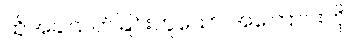
ထိုအခါသတ်ခြင်းဟူသော အကြောင်းကို